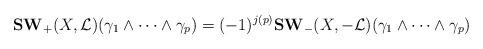
LaTeX: \begin{align*} {\bf SW}_+(X,\mathcal{L})( \gamma_1 \wedge\cdots \wedge \gamma_{p})=(-1)^{j(p)} {\bf SW}_-(X, -\mathcal{L})(\gamma_1 \wedge\cdots \wedge \gamma_{p})\end{align*}